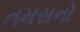
તમસનો